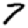
Digit: 7